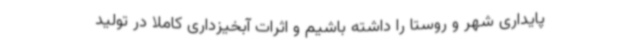
پایداری شهر و روستا را داشته باشیم و اثرات آبخیزداری کاملا در تولید